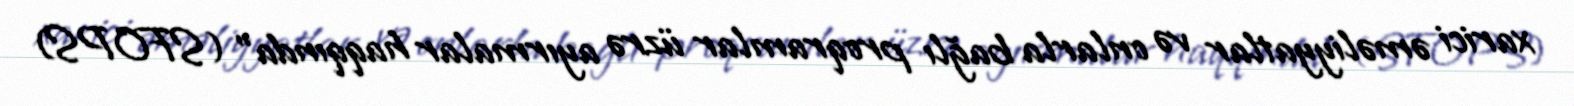
xarici əməliyyatlar və onlarla bağlı proqramlar üzrə ayırmalar haqqında” (SFOPS)